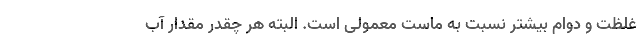
غلظت و دوام بیشتر نسبت به ماست معمولی است. البته هر چقدر مقدار آب